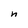
Character: n